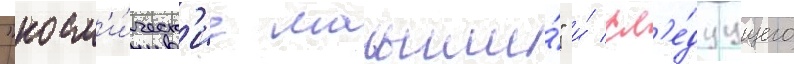
"косм'и́ческ'ие малыши́" и́ сл'е́дуущего